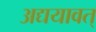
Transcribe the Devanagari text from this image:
अद्ययावत्